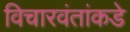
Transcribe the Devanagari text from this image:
विचारवंतांकडे